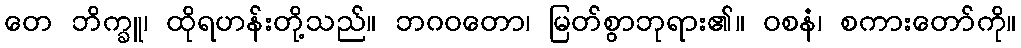
တေ ဘိက္ခူ၊ ထိုရဟန်းတို့သည်။ ဘဂဝတော၊ မြတ်စွာဘုရား၏။ ဝစနံ၊ စကားတော်ကို။